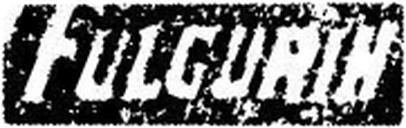
FULGURIN